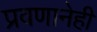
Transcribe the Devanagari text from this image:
प्रवणानेही